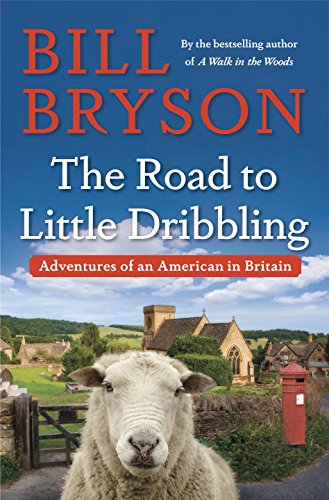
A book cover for The Road to Little Dribbling: Adventures of an American in Britain; Bill Bryson; History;